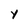
Character: y